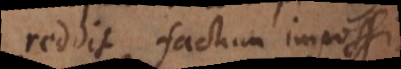
reddit factum impossibile